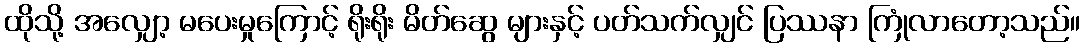
ထိုသို့ အလျှော့ မပေးမှုကြောင့် ရိုးရိုး မိတ်ဆွေ များနှင့် ပတ်သက်လျှင် ပြဿနာ ကြုံလာတော့သည်။